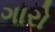
ગારો